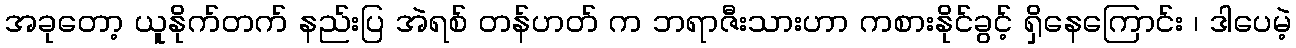
အခုတော့ ယူနိုက်တက် နည်းပြ အဲရစ် တန်ဟတ် က ဘရာဇီးသားဟာ ကစားနိုင်ခွင့် ရှိနေကြောင်း ၊ ဒါပေမဲ့